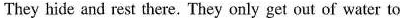
They hide and rest there. They only get out of water to